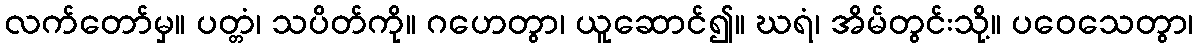
လက်တော်မှ။ ပတ္တံ၊ သပိတ်ကို။ ဂဟေတွာ၊ ယူဆောင်၍။ ဃရံ၊ အိမ်တွင်းသို့။ ပဝေသေတွာ၊